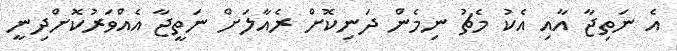
އެ ނަތިޖާ އާއި އެކު މެޗު ނިމެން ދަނިކޮށް ރެއާލަށް ނަތީޖާ އެއްވަރުކޮށްދިނީ